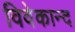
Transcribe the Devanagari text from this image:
विवेकान्‍द